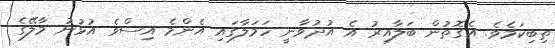
ތިބިކަމެވެ. އެގޮތުން ބަލާއިރު އެ އުދުވާނީ ހަމަލާގައި އެންމެ އިސްވެ އުޅުނު މާލޭގެ